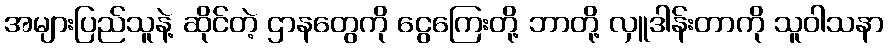
အများပြည်သူနဲ့ ဆိုင်တဲ့ ဌာနတွေကို ငွေကြေးတို့ ဘာတို့ လှူဒါန်းတာကို သူဝါသနာ